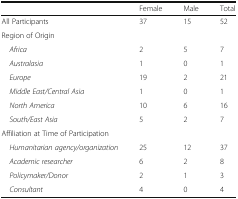
|  | Female | Male | Total |
 | --- | --- | --- | --- |
 | All Participants | 37 | 15 | 52 |
 | <COLSPAN=4> Region of Origin |
 | Africa | 2 | 5 | 7 |
 | Australasia | 1 | 0 | 1 |
 | Europe | 19 | 2 | 21 |
 | Middle East/Central Asia | 1 | 0 | 1 |
 | North America | 10 | 6 | 16 |
 | South/East Asia | 5 | 2 | 7 |
 | <COLSPAN=4> Affiliation at Time of Participation |
 | Humanitarian agency/organization | 25 | 12 | 37 |
 | Academic researcher | 6 | 2 | 8 |
 | Policymaker/Donor | 2 | 1 | 3 |
 | Consultant | 4 | 0 | 4 |